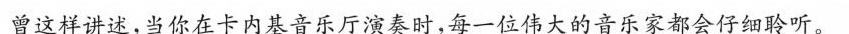
曾这样讲述，当你在卡内基音乐厅演奏时，每一位伟大的音乐家都会仔细聆听。